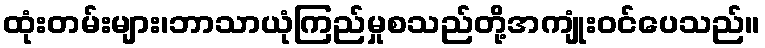
ထုံးတမ်းများ၊ဘာသာယုံကြည်မှုစသည်တို့အကျုံးဝင်ပေသည်။